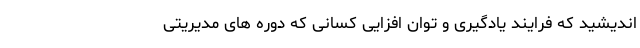
اندیشید که فرایند یادگیری و توان افزایی کسانی که دوره های مدیریتی